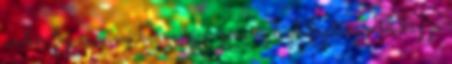
ember figura, ami bármilyen generic high fantasy játékhoz jó